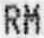
RM